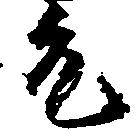
允